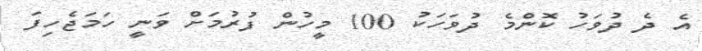
އެ ދެ ދުވަހު ކޮންމެ ދުވަހަކު 100 މީހުން ފުރުމަށް ވަނީ ހަމަޖެހިފަ